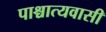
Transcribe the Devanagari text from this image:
पाश्चात्यवासी